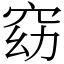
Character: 窈